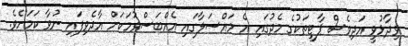
ވިދާޅުވީ އަދިވެސް ޕާޓީތަކުގެ މެދުގައި އެ މައްސަލާގައި އެއްބަސްވުމަކަށް އާދެވިފައި ނުވާ ކަމަށެވެ.